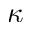
\kappa